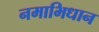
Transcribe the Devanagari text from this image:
नमाभिधान